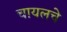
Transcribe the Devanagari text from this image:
चायलचे